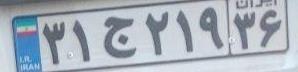
۳۱)۲۱۹۳۶